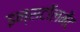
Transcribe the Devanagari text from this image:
इन्सटॉलमेंट